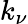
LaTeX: k_{\nu}